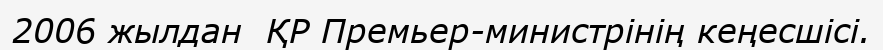
2006 жылдан  ҚР Премьер-министрінің кеңесшісі.